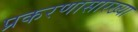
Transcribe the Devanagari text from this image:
प्रकरणासारख्या